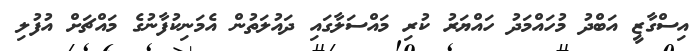
އިސްގާޒީ އަބްދު މުހައްމަދު ހައްޔަރު ކުރި މައްސަލާގައި ދައުލަތުން އެމަނިކުފާނުގެ މައްޗަށް އުފުލި